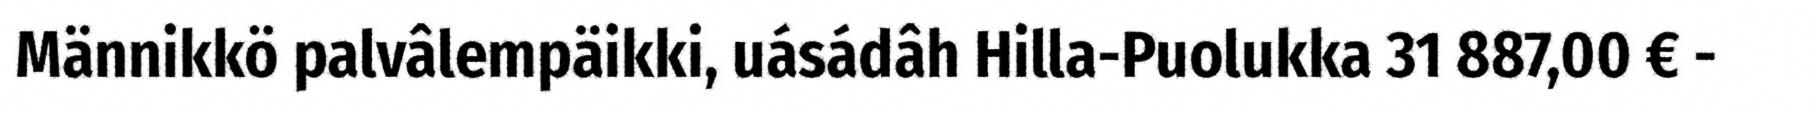
Männikkö palvâlempäikki, uásádâh Hilla-Puolukka 31 887,00 € -